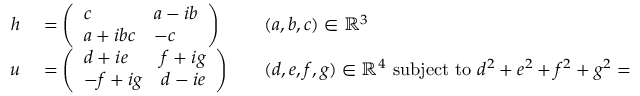
\begin{array} { r l r l } { h } & { { } = { \left( \begin{array} { l l } { c } & { a - i b } \\ { a + i b c } & { - c } \end{array} \right) } } & { } & { { } ( a , b , c ) \in \mathbb { R } ^ { 3 } } \\ { u } & { { } = { \left( \begin{array} { l l } { d + i e } & { f + i g } \\ { - f + i g } & { d - i e } \end{array} \right) } } & { } & { { } ( d , e , f , g ) \in \mathbb { R } ^ { 4 } { \mathrm { ~ s u b j e c t ~ t o ~ } } d ^ { 2 } + e ^ { 2 } + f ^ { 2 } + g ^ { 2 } = 1 . } \end{array}